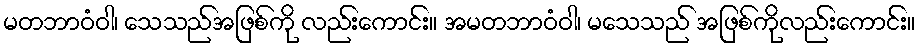
မတဘာဝံဝါ၊ သေသည်အဖြစ်ကို လည်းကောင်း။ အမတဘာဝံဝါ၊ မသေသည် အဖြစ်ကိုလည်းကောင်း။